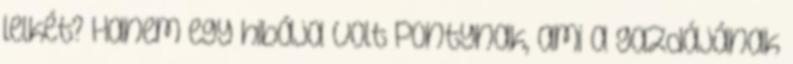
lelkét? Hanem egy hibája volt Pontynak, ami a gazdájának